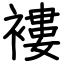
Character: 褸